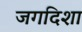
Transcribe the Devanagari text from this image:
जगदिशा